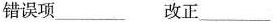
错误项_______ 改正 _______